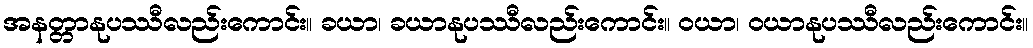
အနတ္တာနုပဿီလည်းကောင်း။ ခယာ၊ ခယာနုပဿီလည်းကောင်း။ ဝယာ၊ ဝယာနုပဿီလည်းကောင်း။